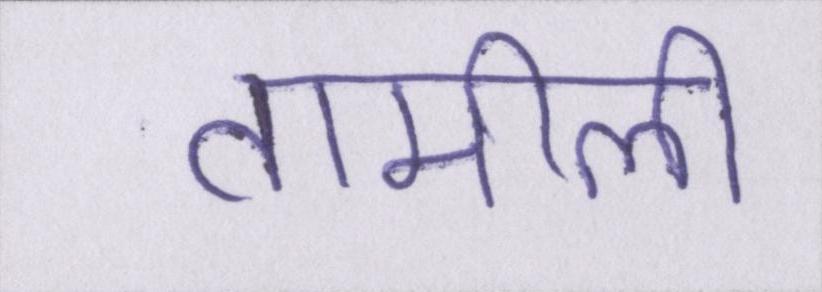
तामीली